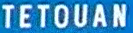
TETOUAN